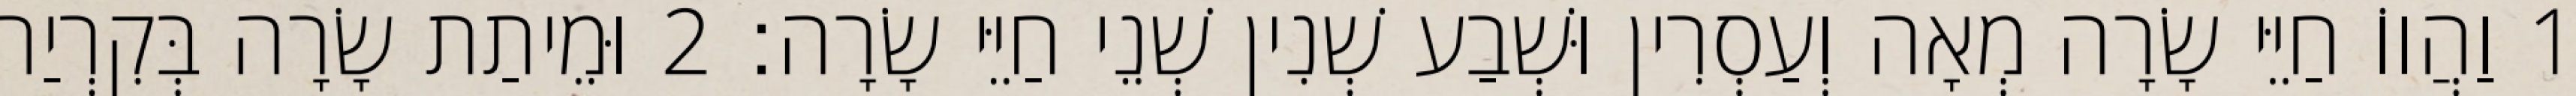
1 וַהֲווֹ חַיֵּי שָׂרָה מְאָה וְעַסְרִין וּשְׁבַע שְׁנִין שְׁנֵי חַיֵּי שָׂרָה׃ 2 וּמֵיתַת שָׂרָה בְּקִרְיַת